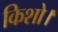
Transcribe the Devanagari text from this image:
किशो।